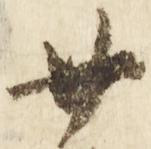
廿